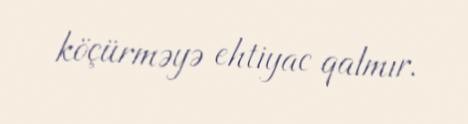
köçürməyə ehtiyac qalmır.